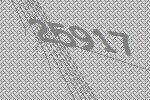
25917